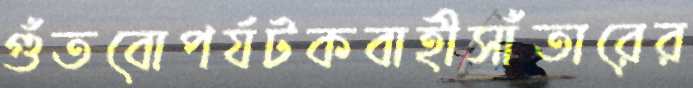
গুঁতবোপর্যটকবাহীসাঁতারের